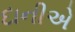
દાનીએ